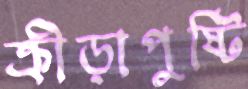
ক্রীড়াপুষ্টি